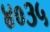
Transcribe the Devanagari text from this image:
४०३५